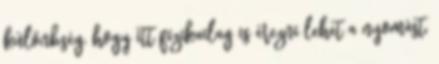
különbség, hogy itt fizikailag is érezni lehet a nyomást,